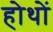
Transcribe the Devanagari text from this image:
होथों